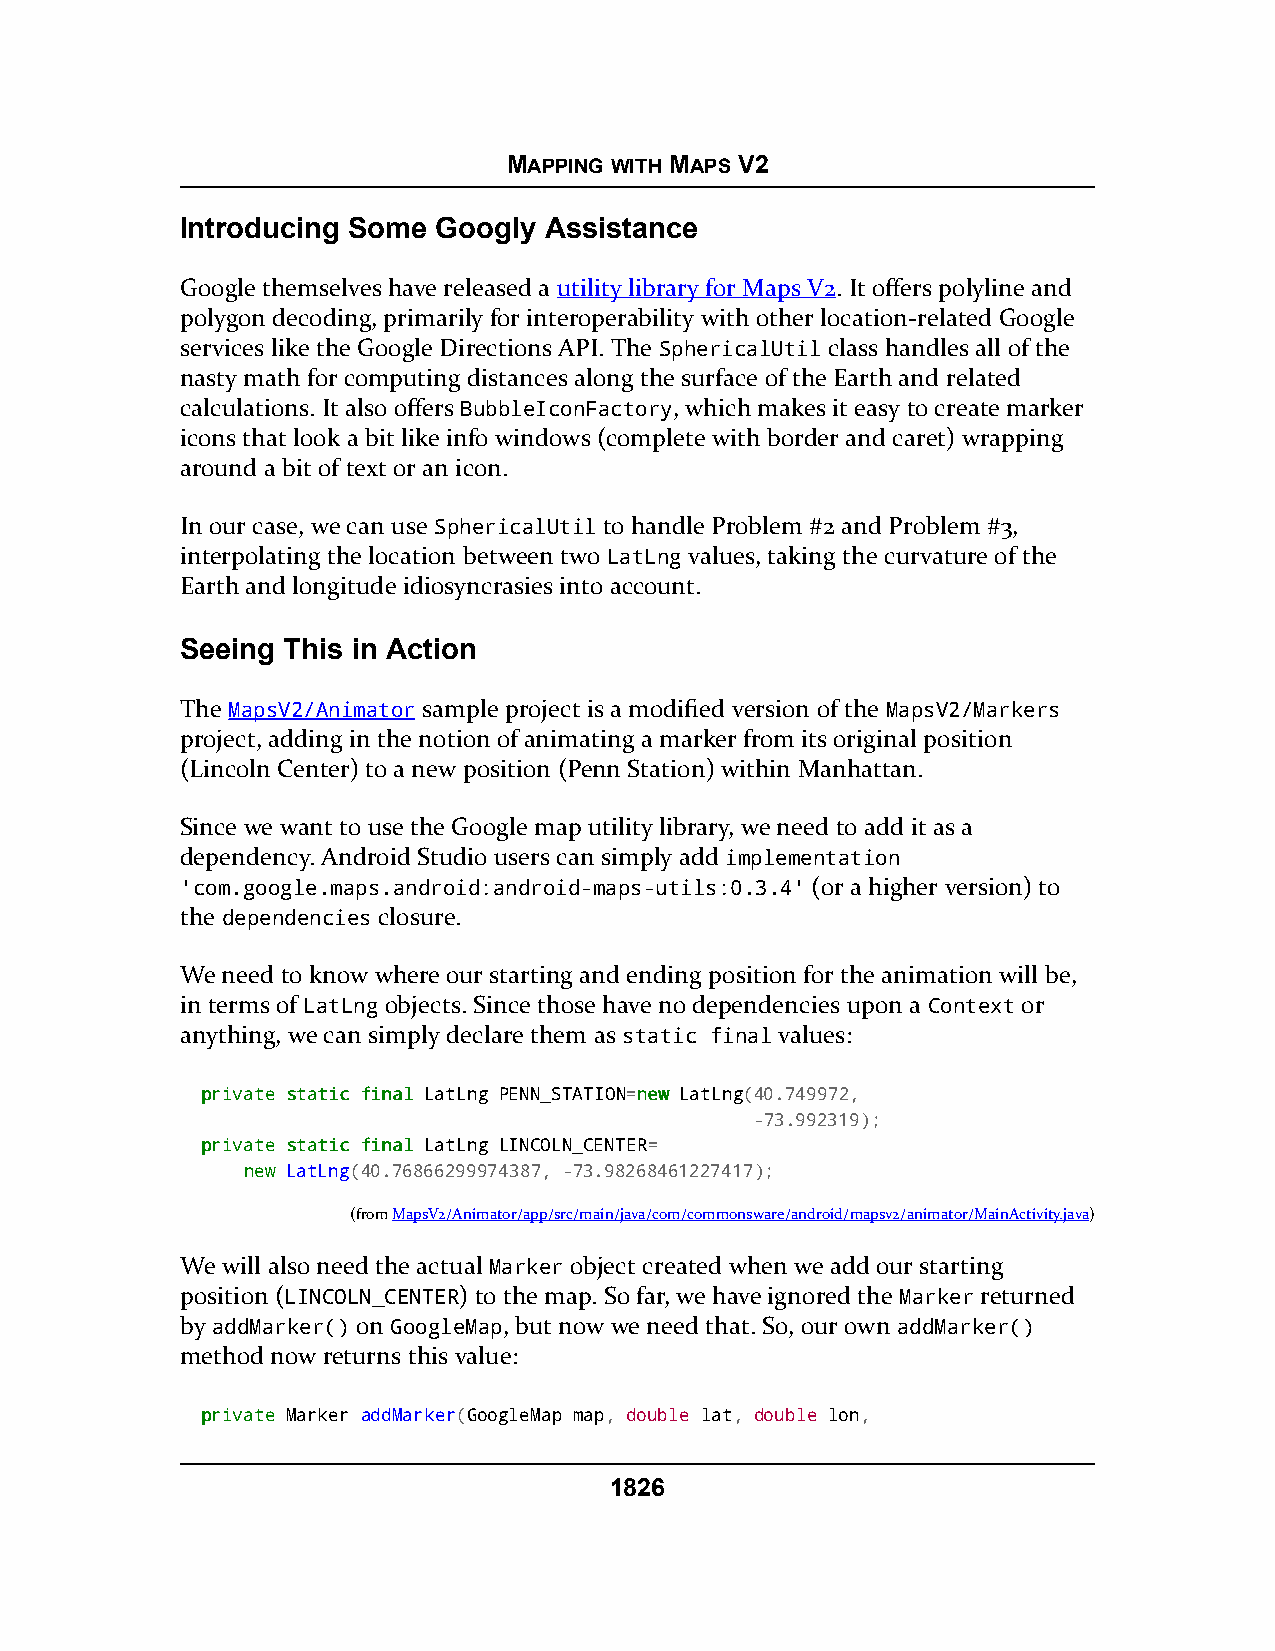
MAPPING WITH MAPS V2
 Introducing Some Googly Assistance
 Google themselves have released a utility library for Maps V2. It offers polyline and
 polygon decoding, primarily for interoperability with other location-related Google
 services like the Google Directions API. The SphericalUtil class handles all of the
 nasty math for computing distances along the surface of the Earth and related
 calculations. It also offers BubbleIconFactory, which makes it easy to create marker
 icons that look a bit like info windows (complete with border and caret) wrapping
 around a bit of text or an icon.
 In our case, we can use SphericalUtil to handle Problem #2 and Problem #3,
 interpolating the location between two LatLng values, taking the curvature of the
 Earth and longitude idiosyncrasies into account.
 Seeing This in Action
 The MapsV2/Animator sample project is a modified version of the MapsV2/Markers
 project, adding in the notion of animating a marker from its original position
 (Lincoln Center) to a new position (Penn Station) within Manhattan.
 Since we want to use the Google map utility library, we need to add it as a
 dependency. Android Studio users can simply add implementation
 'com.google.maps.android:android-maps-utils:0.3.4' (or a higher version) to
 the dependencies closure.
 We need to know where our starting and ending position for the animation will be,
 in terms of LatLng objects. Since those have no dependencies upon a Context or
 anything, we can simply declare them as static final values:
 pprriivvaattee ssttaattiicc ffiinnaall LatLng PENN_STATION=nneeww LatLng(40.749972,
 -73.992319);
 pprriivvaattee ssttaattiicc ffiinnaall LatLng LINCOLN_CENTER=
 nneeww LatLng(40.76866299974387, -73.98268461227417);
 (fromMapsV2/Animator/app/src/main/java/com/commonsware/android/mapsv2/animator/MainActivity.java)
 We will also need the actual Marker object created when we add our starting
 position (LINCOLN_CENTER) to the map. So far, we have ignored the Marker returned
 by addMarker() on GoogleMap, but now we need that. So, our own addMarker()
 method now returns this value:
 pprriivvaattee Marker addMarker(GoogleMap map, double lat, double lon,
 1826